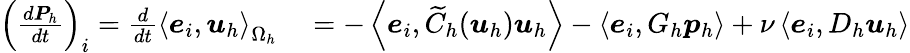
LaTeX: \begin{array}{rl}{\left(\frac{d\boldsymbol{P}_{h}}{dt}\right)_{i}=\frac{d}{dt}\left<\boldsymbol{e}_{i},\boldsymbol{u}_{h}\right>_{\Omega_{h}}}&{{}=-\left<\boldsymbol{e}_{i},\widetilde{C}_{h}(\boldsymbol{u}_{h})\boldsymbol{u}_{h}\right>-\left<\boldsymbol{e}_{i},G_{h}\boldsymbol{p}_{h}\right>+\nu\left<\boldsymbol{e}_{i},D_{h}\boldsymbol{u}_{h}\right>}\end{array}